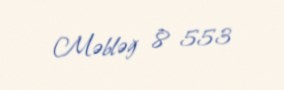
Məbləğ 8 553